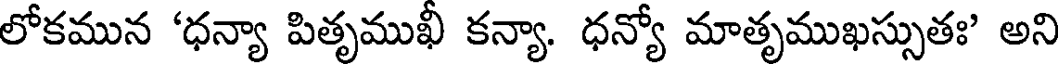
లోకమున 'ధన్యా పితృముఖీ కన్యా. ధన్యో మాతృముఖస్సుతః' అని